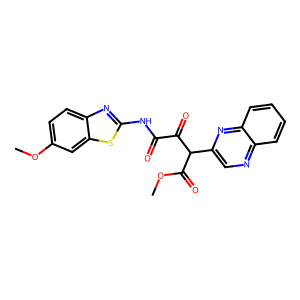
SMILES: COC(=O)C(C(=O)C(=O)Nc1nc2ccc(OC)cc2s1)c1cnc2ccccc2n1
Inhibits HIV replication: No